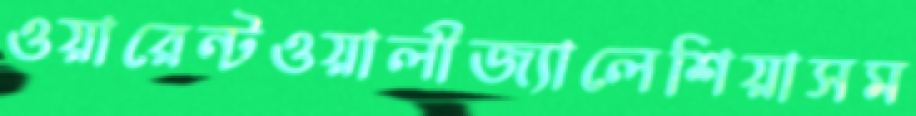
ওয়ারেন্টওয়ালীজ্যালেশিয়াসম